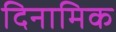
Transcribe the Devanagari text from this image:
दिनामिक